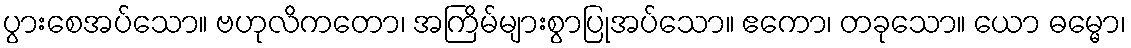
ပွားစေအပ်သော။ ဗဟုလိကတော၊ အကြိမ်များစွာပြုအပ်သော။ ဧကော၊ တခုသော။ ယော ဓမ္မော၊